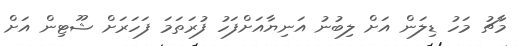
މާޗު މަހު ޑިލަން އަށް ލިބުނު އަނިޔާއަށްފަހު ފުރަތަމަ ފަހަރަށް ޝޫޓިން އަށް